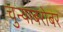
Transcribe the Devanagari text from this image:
चुन्याबरोबर